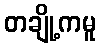
တချို့ကမူ